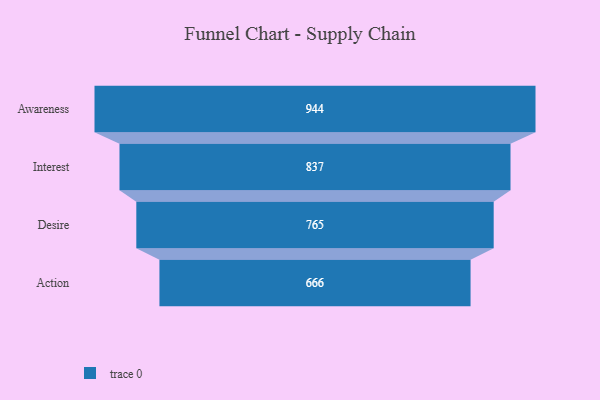
{"axis": {"x": "Stage", "y": "Value"}, "legend": [""], "data": [{"x": "Awareness", "y": 944.0, "type": ""}, {"x": "Interest", "y": 837.0, "type": ""}, {"x": "Desire", "y": 765.0, "type": ""}, {"x": "Action", "y": 666.0, "type": ""}]}